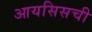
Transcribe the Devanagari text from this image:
आयसिसची